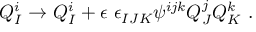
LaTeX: Q _ { I } ^ { i } \to Q _ { I } ^ { i } + \epsilon \ \epsilon _ { I J K } \psi ^ { i j k } Q _ { J } ^ { j } Q _ { K } ^ { k } ~ .